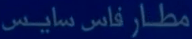
مطار فاس سايس